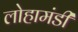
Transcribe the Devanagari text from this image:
लोहामंडी